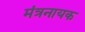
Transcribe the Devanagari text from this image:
मंत्रनायक